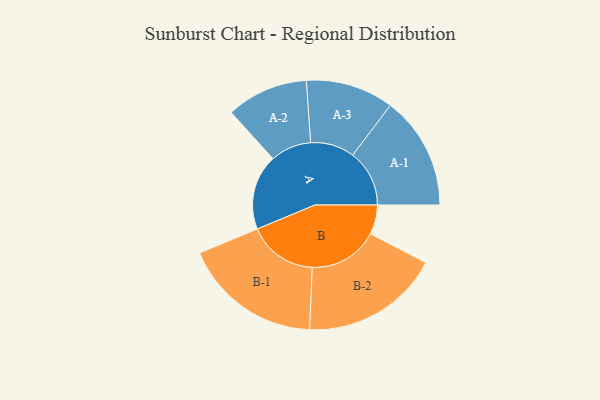
{"axis": {"x": "Segment", "y": "Value"}, "legend": ["", "A", "B"], "data": [{"x": "A", "y": 315, "type": ""}, {"x": "B", "y": 123, "type": ""}, {"x": "A-1", "y": 237, "type": "A"}, {"x": "A-2", "y": 171, "type": "A"}, {"x": "A-3", "y": 184, "type": "A"}, {"x": "B-1", "y": 291, "type": "B"}, {"x": "B-2", "y": 291, "type": "B"}]}